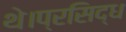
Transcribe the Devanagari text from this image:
थे।प्रसिद्ध